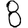
Digit: 8